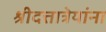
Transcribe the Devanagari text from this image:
श्रीदत्तात्रेयांना